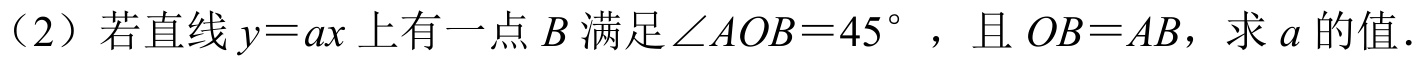
(2) 若直线 \(y = ax\) 上有一点 \(B\) 满足\(\angle AOB = 45^{\circ}\) ，且 \(OB = AB\)，求 \(a\) 的值.